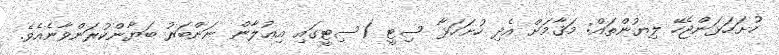
ހުށަހަޅަންޖެހޭ ލިޔުންތައް: މަޤާމަށް އެދި ހުށަހަޅާ ސިޓީ (ސިޓީގައި އިޢުލާން ނަންބަރު ބަޔާންކުރަންވާނެއެވެ.